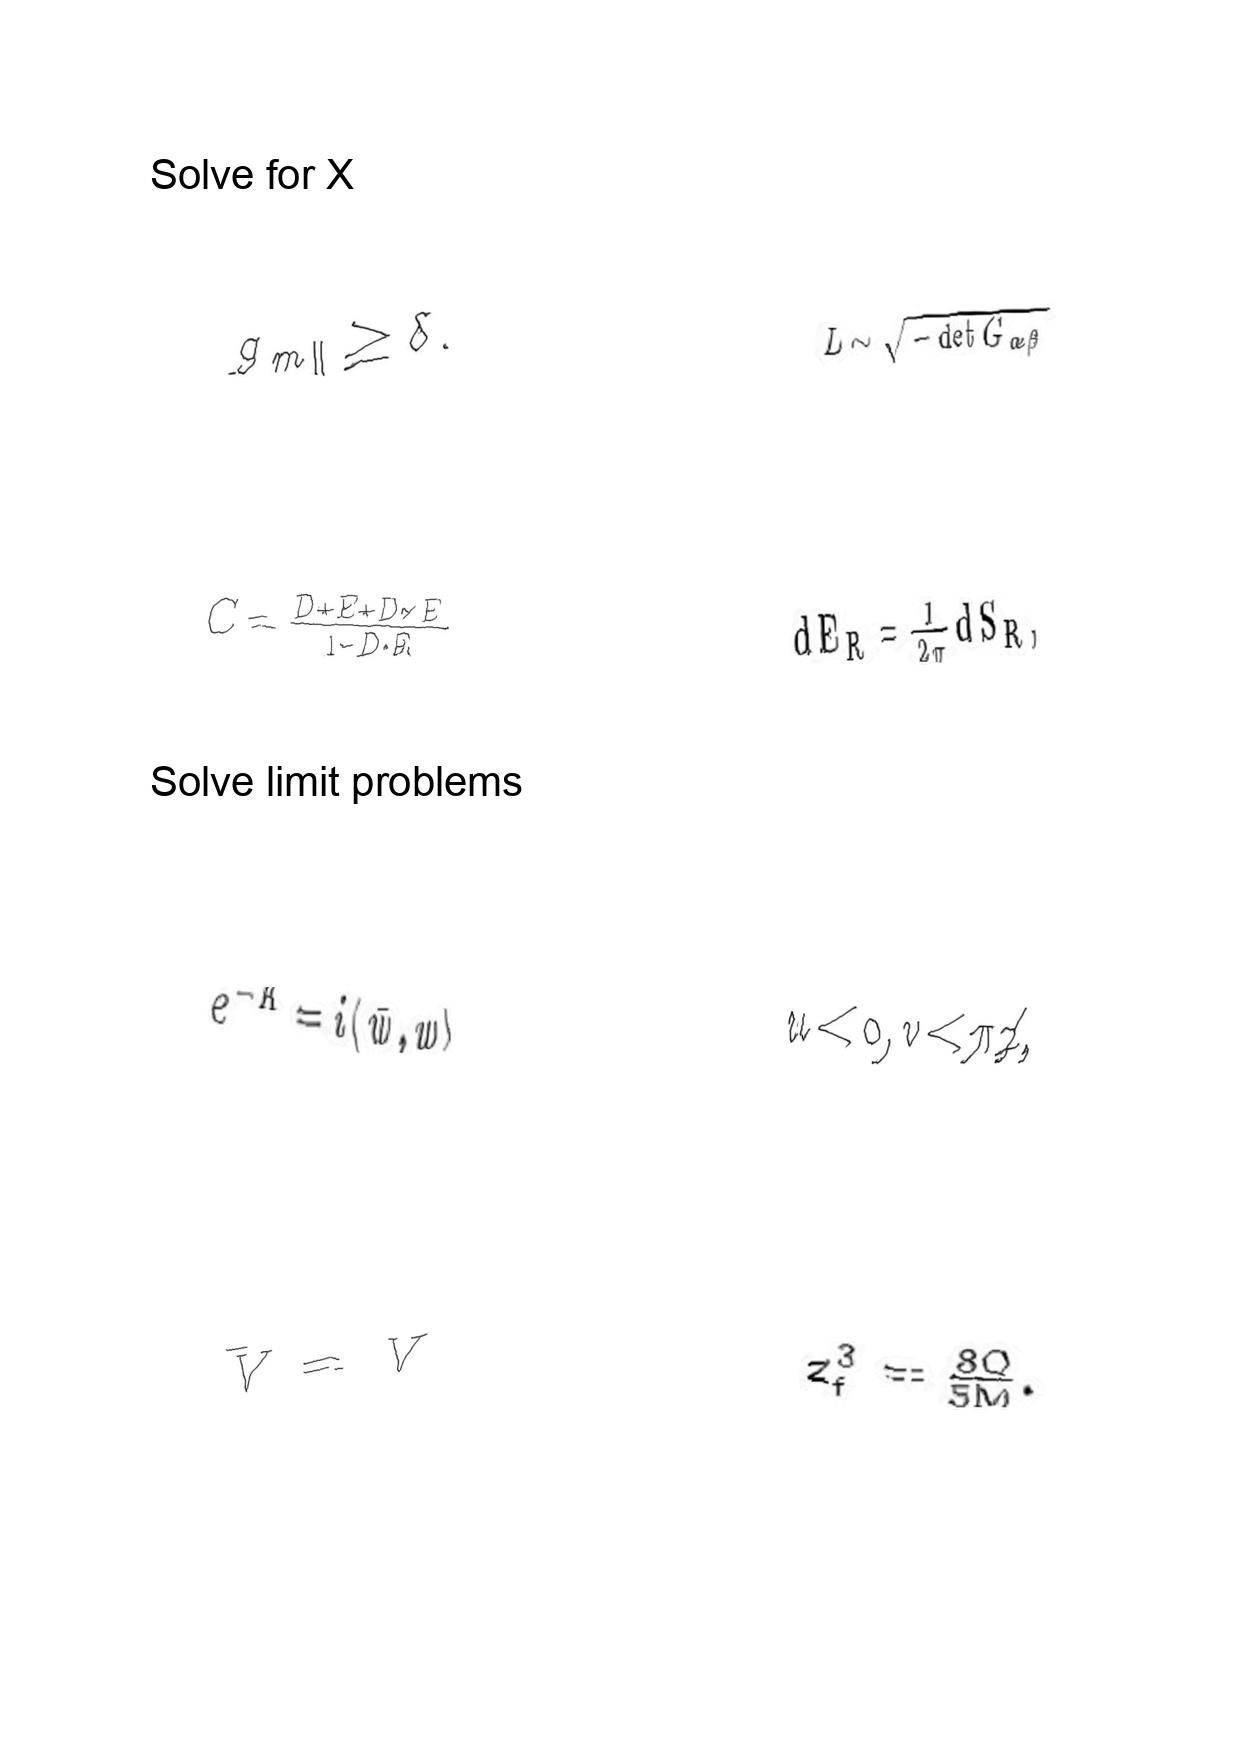
LaTeX transcription:
g _ { m \parallel } \geq \delta .
C = \frac { D + E + D \times E } { 1 - D \cdot E }
e ^ { - K } = i \langle \bar { w } , w \rangle
\bar { V } = V
L \sim \sqrt { - \det G _ { \alpha \beta } }
d E _ { R } = \frac { 1 } { 2 \pi } d S _ { R } ,
u \lt 0 , v \lt \pi / 2 ,
z _ { f } ^ { 3 } = \frac { 8 Q } { 5 M } .